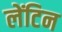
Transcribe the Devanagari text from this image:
लेंटिन